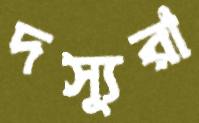
দস্যুরা